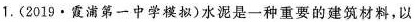
1.(2019·霞浦第一中学模拟)水泥是一种重要的建筑材料，以